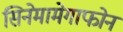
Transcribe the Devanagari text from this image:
सिनेमामेगाफोन